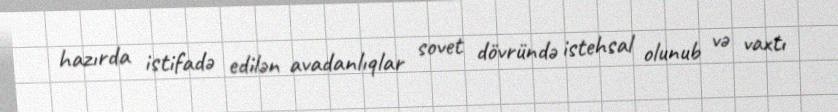
hazırda istifadə edilən avadanlıqlar sovet dövründə istehsal olunub və vaxtı